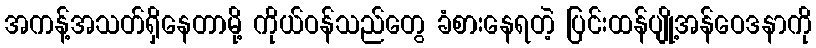
အကန့်အသတ်ရှိနေတာမို့ ကိုယ်ဝန်သည်တွေ ခံစားနေရတဲ့ ပြင်းထန်ပျို့အန်ဝေဒနာကို